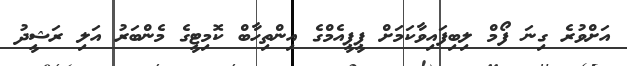
އަށްވުރެ ގިނަ ފޯމް ލިބިފައިވާކަމަށް ޕީޕީއެމްގެ އިންތިހާބް ކޮމިޓީގެ މެންބަރު އަލި ރަޝީދު